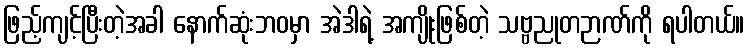
ဖြည့်ကျင့်ပြီးတဲ့အခါ နောက်ဆုံးဘဝမှာ အဲဒါရဲ့ အကျိုးဖြစ်တဲ့ သဗ္ဗညုတဉာဏ်ကို ရပါတယ်။